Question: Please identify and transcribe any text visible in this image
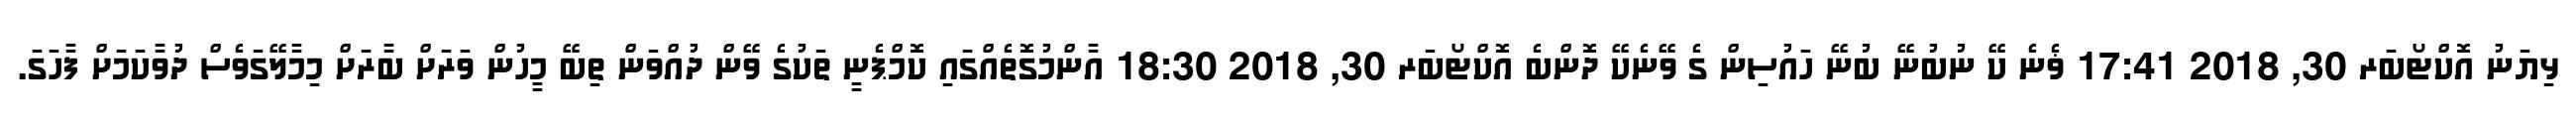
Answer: ޅިޔަނު އޮކްޓޯބަރ 30, 2018 17:41 ޥެނެ ކޭ ނުބުނޭ ބުނޭ ހައުސިން ގެ ވޭނެކޭ ދޮންބެ އޮކްޓޯބަރ 30, 2018 18:30 އާންމުގޮތެއްގައި ކޮމްޕެނީ ތަކުގެ ވޭން ދުއްވަން ތިބޭ މީހުން ވަރަށް ބާރަށް މިމާލޭގަވެސް ދުވާކަމަށް ފާހަގަ.